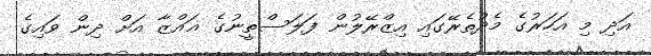
އަދި މި އަހަރުގެ މެދުތެރޭގައި އިޒްރޭލުން ފަލަސްތީނުގެ ޣައްޒާ އަށް ދިން ވައިގެ